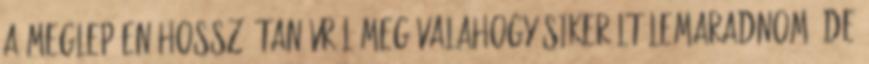
a meglepően hosszú tanévről meg valahogy sikerült lemaradnom, de